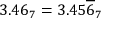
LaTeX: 3 . 4 6 _ { 7 } = 3 . 4 5 { \overline { { 6 } } } _ { 7 }